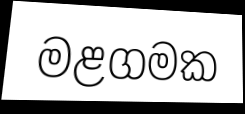
මළගමක